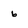
Character: b